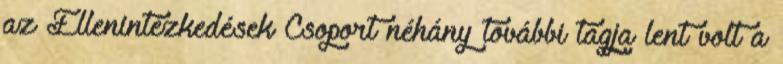
az Ellenintézkedések Csoport néhány további tagja lent volt a